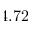
4 . 7 2